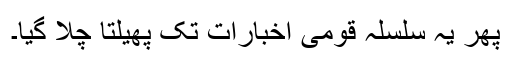
پھر یہ سلسلہ قومی اخبارات تک پھیلتا چلا گیا۔